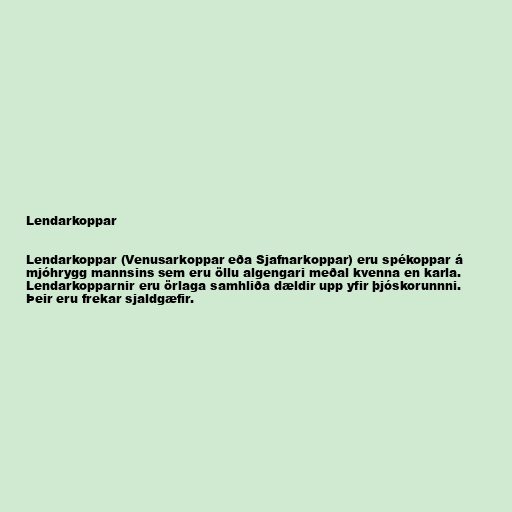
Lendarkoppar

Lendarkoppar (Venusarkoppar eða Sjafnarkoppar) eru spékoppar á
mjóhrygg mannsins sem eru öllu algengari meðal kvenna en karla.
Lendarkopparnir eru örlaga samhliða dældir upp yfir þjóskorunnni.
Þeir eru frekar sjaldgæfir.